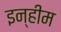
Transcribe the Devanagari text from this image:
इन्हीम